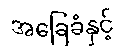
အခြေခံနှင့်